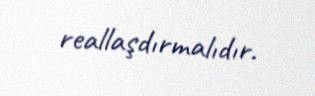
reallaşdırmalıdır.